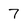
Character: 7